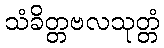
သံခိတ္တဗလသုတ္တံ